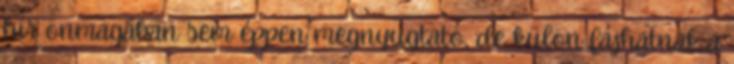
hír önmagában sem éppen megnyugtató, de külön fájhatnak a